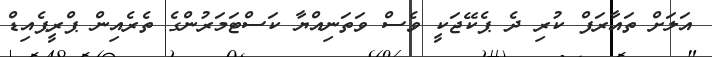
އަލަށް ތައާރަފް ކުރި ދެ ޕެކޭޖަކީ ވެސް ވަތަނިއްޔާ ކަސްޓަމަރުންގެ ތެރެއިން ޕްރީޕެއިޑް